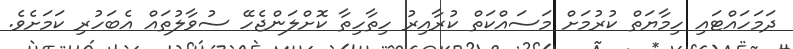
ދަމަހައްޓައި ހިމާޔަތް ކުރުމަށް މަސައްކަތް ކުރާއިރު ހިތާހިތާ ކޮށްލަންޖެހޭ ސުވާލުތައް އެބަހުރި ކަަމަށެވެ.